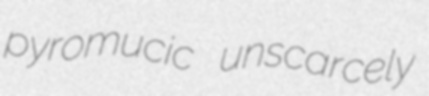
pyromucic unscarcely